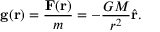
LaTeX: \mathbf { g } ( \mathbf { r } ) = { \frac { \mathbf { F } ( \mathbf { r } ) } { m } } = - { \frac { G M } { r ^ { 2 } } } { \hat { \mathbf { r } } } .